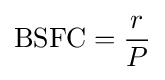
{\text{BSFC}}={\frac {r}{P}}